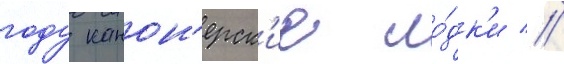
году канон'ерск'ие ло́дк'и //